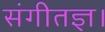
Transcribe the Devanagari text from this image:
संगीतज्ञ।